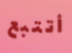
أتتبع